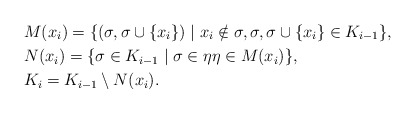
\begin{align*} & M(x_i) = \{ (\sigma, \sigma \cup \{x_i\}) \mid x_i \notin \sigma, \sigma, \sigma \cup \{x_i\} \in K_{i-1} \}, \\ & N(x_i) = \{ \sigma \in K_{i-1} \mid \sigma \in \eta \eta \in M(x_i)\}, \\ & K_i = K_{i-1} \setminus N(x_i). \end{align*}